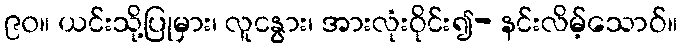
၉၀။ ယင်းသို့ပြုမှား၊ လူငနွား၊ အားလုံးဝိုင်း၍- နင်းလိမ့်သောဝ်။